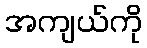
အကျယ်ကို